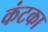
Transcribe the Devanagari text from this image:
कंटका